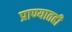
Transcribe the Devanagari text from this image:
प्राण्यातही